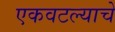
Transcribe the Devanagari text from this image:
एकवटल्याचे